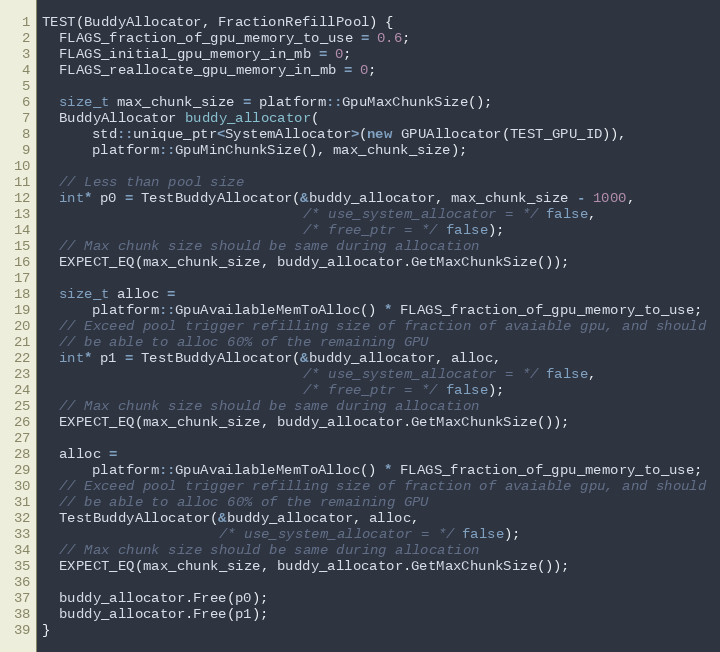
Language: C++
TEST(BuddyAllocator, FractionRefillPool) {
  FLAGS_fraction_of_gpu_memory_to_use = 0.6;
  FLAGS_initial_gpu_memory_in_mb = 0;
  FLAGS_reallocate_gpu_memory_in_mb = 0;

  size_t max_chunk_size = platform::GpuMaxChunkSize();
  BuddyAllocator buddy_allocator(
      std::unique_ptr<SystemAllocator>(new GPUAllocator(TEST_GPU_ID)),
      platform::GpuMinChunkSize(), max_chunk_size);

  // Less than pool size
  int* p0 = TestBuddyAllocator(&buddy_allocator, max_chunk_size - 1000,
                               /* use_system_allocator = */ false,
                               /* free_ptr = */ false);
  // Max chunk size should be same during allocation
  EXPECT_EQ(max_chunk_size, buddy_allocator.GetMaxChunkSize());

  size_t alloc =
      platform::GpuAvailableMemToAlloc() * FLAGS_fraction_of_gpu_memory_to_use;
  // Exceed pool trigger refilling size of fraction of avaiable gpu, and should
  // be able to alloc 60% of the remaining GPU
  int* p1 = TestBuddyAllocator(&buddy_allocator, alloc,
                               /* use_system_allocator = */ false,
                               /* free_ptr = */ false);
  // Max chunk size should be same during allocation
  EXPECT_EQ(max_chunk_size, buddy_allocator.GetMaxChunkSize());

  alloc =
      platform::GpuAvailableMemToAlloc() * FLAGS_fraction_of_gpu_memory_to_use;
  // Exceed pool trigger refilling size of fraction of avaiable gpu, and should
  // be able to alloc 60% of the remaining GPU
  TestBuddyAllocator(&buddy_allocator, alloc,
                     /* use_system_allocator = */ false);
  // Max chunk size should be same during allocation
  EXPECT_EQ(max_chunk_size, buddy_allocator.GetMaxChunkSize());

  buddy_allocator.Free(p0);
  buddy_allocator.Free(p1);
}